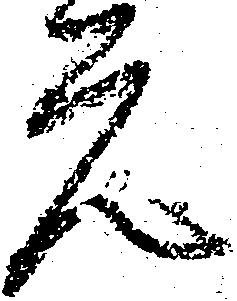
元